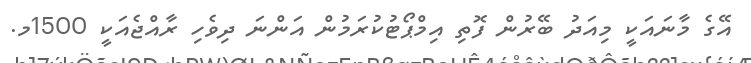
އޭގެ މާނައަކީ މިއަދު ބޭރުން ފޮތި އިމްޕޯޓުކުރަމުން އަންނަ ދިވެހި ރާއްޖެއަކީ 1500މ.